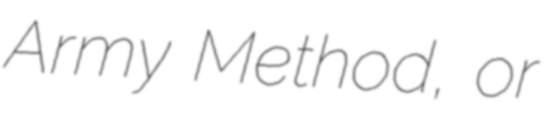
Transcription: Army Method, or